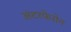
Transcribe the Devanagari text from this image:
अंटरफेरोन